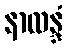
နာလန္ဒံ